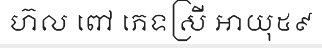
ហ៊ល ពៅ ភេទស្រី អាយុ៥៩